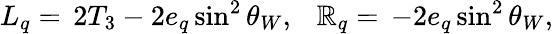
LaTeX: L_{q}=\, 2T_{3}-2e_{q}\sin^{2}\theta_{W},~~~\mathbb{R}_{q}=\, -2e_{q}\sin^{2}\theta_{W},